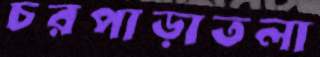
চরপাড়াতলা